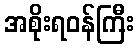
အစိုးရဝန်ကြီး